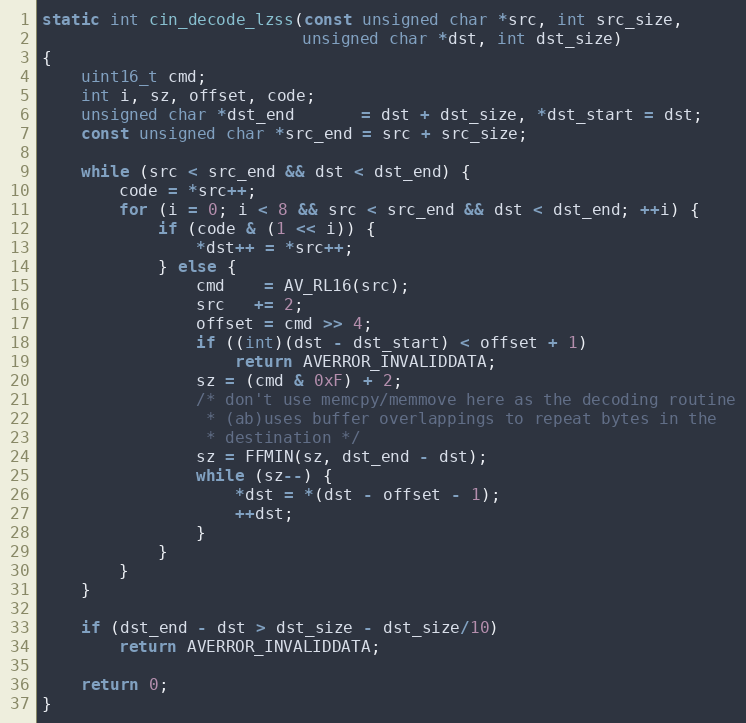
Language: C
static int cin_decode_lzss(const unsigned char *src, int src_size,
                           unsigned char *dst, int dst_size)
{
    uint16_t cmd;
    int i, sz, offset, code;
    unsigned char *dst_end       = dst + dst_size, *dst_start = dst;
    const unsigned char *src_end = src + src_size;

    while (src < src_end && dst < dst_end) {
        code = *src++;
        for (i = 0; i < 8 && src < src_end && dst < dst_end; ++i) {
            if (code & (1 << i)) {
                *dst++ = *src++;
            } else {
                cmd    = AV_RL16(src);
                src   += 2;
                offset = cmd >> 4;
                if ((int)(dst - dst_start) < offset + 1)
                    return AVERROR_INVALIDDATA;
                sz = (cmd & 0xF) + 2;
                /* don't use memcpy/memmove here as the decoding routine
                 * (ab)uses buffer overlappings to repeat bytes in the
                 * destination */
                sz = FFMIN(sz, dst_end - dst);
                while (sz--) {
                    *dst = *(dst - offset - 1);
                    ++dst;
                }
            }
        }
    }

    if (dst_end - dst > dst_size - dst_size/10)
        return AVERROR_INVALIDDATA;

    return 0;
}